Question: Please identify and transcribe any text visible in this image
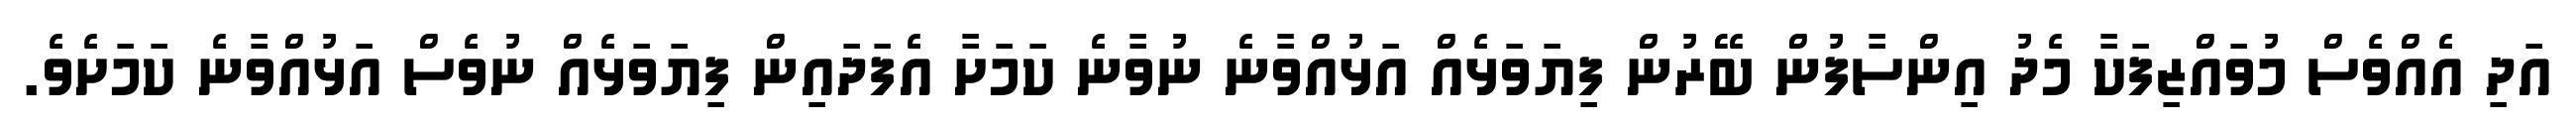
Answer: އަދި އެއްވެސް މުވައްޒިފަކާ މެދު އިންސާފުން ބޭރުން ފިޔަވަޅެއް އަޅުއްވާނެ ނުވާނެ ކަމަށާ އެފަދައިން ފިޔަވަޅެއް ނުވެސް އަޅުއްވާނެ ކަމަށެވެ.